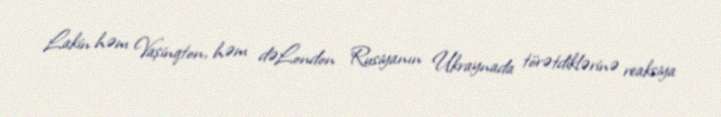
Lakin həm Vaşinqton, həm dəLondon Rusiyanın Ukraynada törətdiklərinə reaksiya